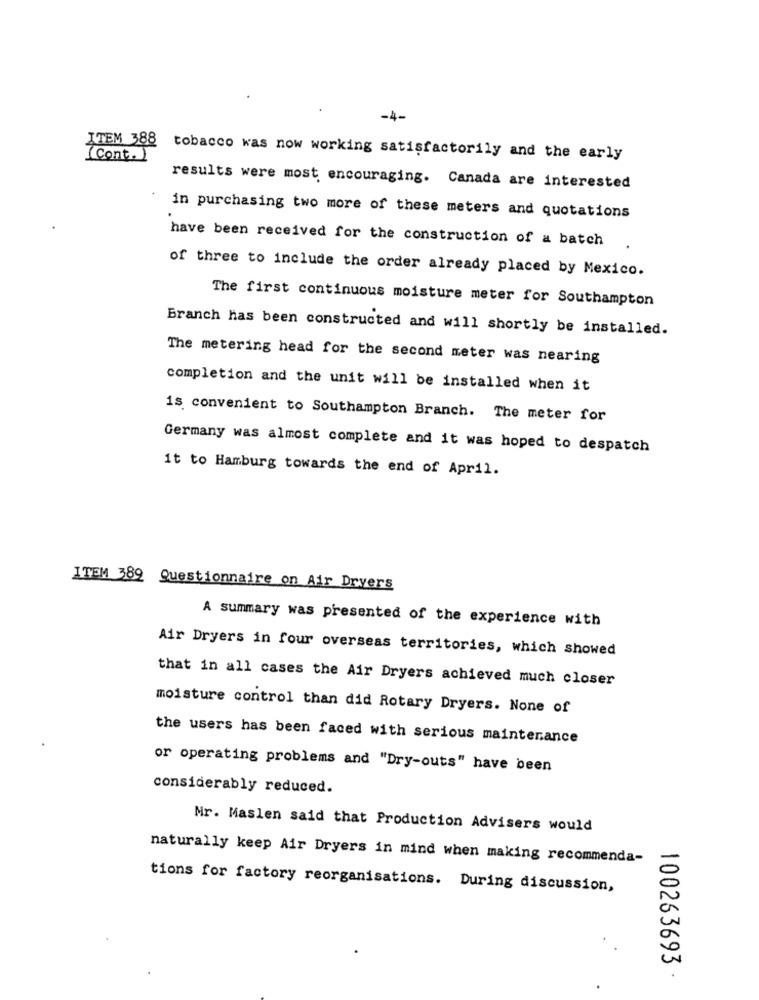
-4-
ITEM 388
(Cont.)
tobacco was now working satisfactorily and the early
results were most encouraging. Canada are interested
in purchasing two more of these meters and quotations
have been received for the construction of a batch
of three to include the order already placed by Mexico.
The first continuous moisture meter for Southampton
Branch has been constructed and will shortly be installed.
The metering head for the second meter was nearing
completion and the unit will be installed when it
is convenient to Southampton Branch. The meter for
Germany was almost complete and it was hoped to despatch
it to Hamburg towards the end of April.
ITEM 389 Questionnaire on Air Dryers
A summary was presented of the experience with
Air Dryers in four overseas territories, which showed
that in all cases the Air Dryers achieved much closer
moisture control than did Rotary Dryers. None of
the users has been faced with serious maintenance
or operating problems and "Dry-outs" have been
considerably reduced.
Mr. Maslen said that Production Advisers would
naturally keep Air Dryers in mind when making recommenda-
tions for factory reorganisations. During discussion,
100263693